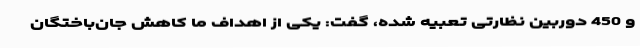
و 450 دوربین نظارتی تعبیه شده، گفت: یکی از اهداف ما کاهش جان‌باختگان